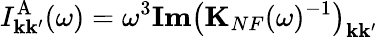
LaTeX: I_{\mathbf{k}\mathbf{k}^{\prime}}^{\mathrm{{A}}}(\omega)=\omega^{3}\textbf{{Im}}\big(\mathbf{{K}}_{NF}(\omega)^{-1}\big)_{\mathbf{k}\mathbf{k}^{\prime}}